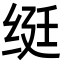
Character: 𬘩